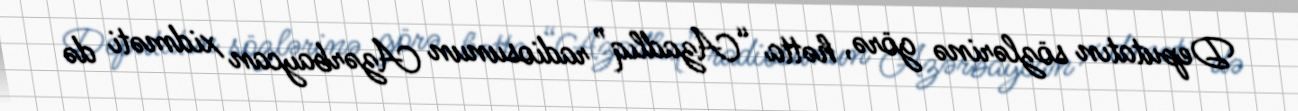
Deputatın sözlərinə görə, hətta “Azadlıq” radiosunun Azərbaycan xidməti də